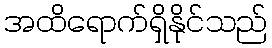
အထိရောက်ရှိနိုင်သည်